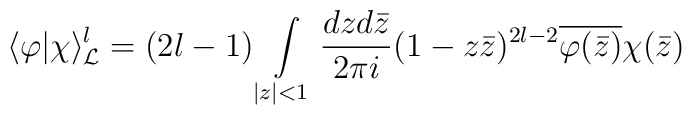
\langle\varphi |\chi\rangle_{{\cal L}}^l=(2l-1)\int\limits_{|z|<1}\frac{dzd\bar{z}}{2\pi i}(1-z\bar z)^{2l-2}\overline{\varphi (\bar{z})}\chi (\bar{z})